Insane asylums in Bengal annual reports 1867-1875 - 1867-1875
Year: 1867
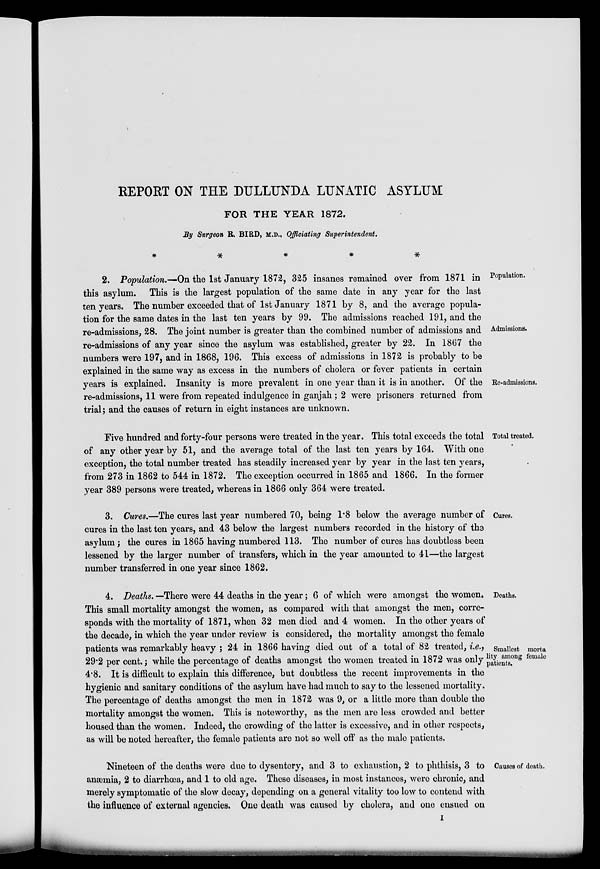
REPORT ON THE DULLUNDA LUNATIC ASYLUM
FOR THE YEAR 1872.
By Surgeon R. BIRD, M.D., Officiating Superintendent.
Population.
Admissions.
Re-admissions.
2. Population.—On the 1st January 1872, 325 insanes remained over from 1871 in
this asylum. This is the largest population of the same date in any year for the last
ten years. The number exceeded that of 1st January 1871 by 8, and the average popula-
tion for the same dates in the last ten years by 99. The admissions reached 191, and the
re-admissions, 28. The joint number is greater than the combined number of admissions and
re-admissions of any year since the asylum was established, greater by 22. In 1867 the
numbers were 197, and in 1868, 196. This excess of admissions in 1872 is probably to be
explained in the same way as excess in the numbers of cholera or fever patients in certain
years is explained. Insanity is more prevalent in one year than it is in another. Of the
re-admissions, 11 were from repeated indulgence in ganjah ; 2 were prisoners returned from
trial; and the causes of return in eight instances are unknown.
Total treated.
Five hundred and forty-four persons were treated in the year. This total exceeds the total
of any other year by 51, and the average total of the last ten years by 164. With one
exception, the total number treated has steadily increased year by year in the last ten years,
from 273 in 1862 to 544 in 1872. The exception occurred in 1865 and 1866. In the former
year 389 persons were treated, whereas in 1866 only 364 were treated.
Cures.
3. Cures.—The cures last year numbered 70, being 1.8 below the average number of
cures in the last ten years, and 43 below the largest numbers recorded in the history of the
asylum; the cures in 1865 having numbered 113. The number of cures has doubtless been
lessened by the larger number of transfers, which in the year amounted to 41—the largest
number transferred in one year since 1862.
Deaths.
Smallest morta
lity among female
patients.
4. Deaths. —There were 44 deaths in the year; 6 of which were amongst the women.
This small mortality amongst the women, as compared with that amongst the men, corre-
sponds with the mortality of 1871, when 32 men died and 4 women. In the other years of
the decade, in which the year under review is considered, the mortality amongst the female
patients was remarkably heavy ; 24 in 1866 having died out of a total of 82 treated, i.e.,
29.2 per cent.; while the percentage of deaths amongst the women treated in 1872 was only
4.8. It is difficult to explain this difference, but doubtless the recent improvements in the
hygienic and sanitary conditions of the asylum have had much to say to the lessened mortality.
The percentage of deaths amongst the men in 1872 was 9, or a little more than double the
mortality amongst the women. This is noteworthy, as the men are less crowded and better
housed than the women. Indeed, the crowding of the latter is excessive, and in other respects,
as will be noted hereafter, the female patients are not so well off as the male patients.
Causes of death.
Nineteen of the deaths were due to dysentery, and 3 to exhaustion, 2 to phthisis, 3 to
anæmia, 2 to diarrhœa, and 1 to old age. These diseases, in most instances, were chronic, and
merely symptomatic of the slow decay, depending on a general vitality too low to contend with
the influence of external agencies. One death was caused by cholera, and one ensued on
I